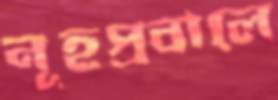
নূহপ্রবালে